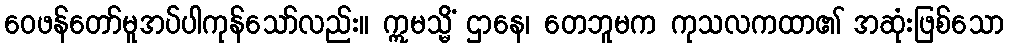
ဝေဖန်တော်မူအပ်ပါကုန်သော်လည်း။ ဣမသ္မိံ ဌာနေ၊ တေဘူမက ကုသလကထာ၏ အဆုံးဖြစ်သော